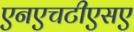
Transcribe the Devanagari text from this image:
एनएचटीएसए